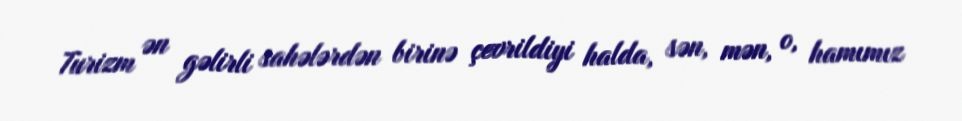
Turizm ən gəlirli sahələrdən birinə çevrildiyi halda, sən, mən, o, hamımız